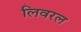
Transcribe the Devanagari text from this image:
लिवरल